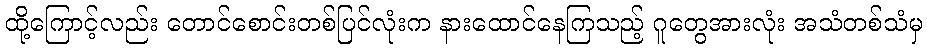
ထို့ကြောင့်လည်း တောင်စောင်းတစ်ပြင်လုံးက နားထောင်နေကြသည့် ဂူတွေအားလုံး အသံတစ်သံမှ